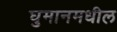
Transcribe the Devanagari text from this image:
घुमानमधील